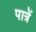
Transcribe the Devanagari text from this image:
पात्रें